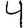
Digit: 4